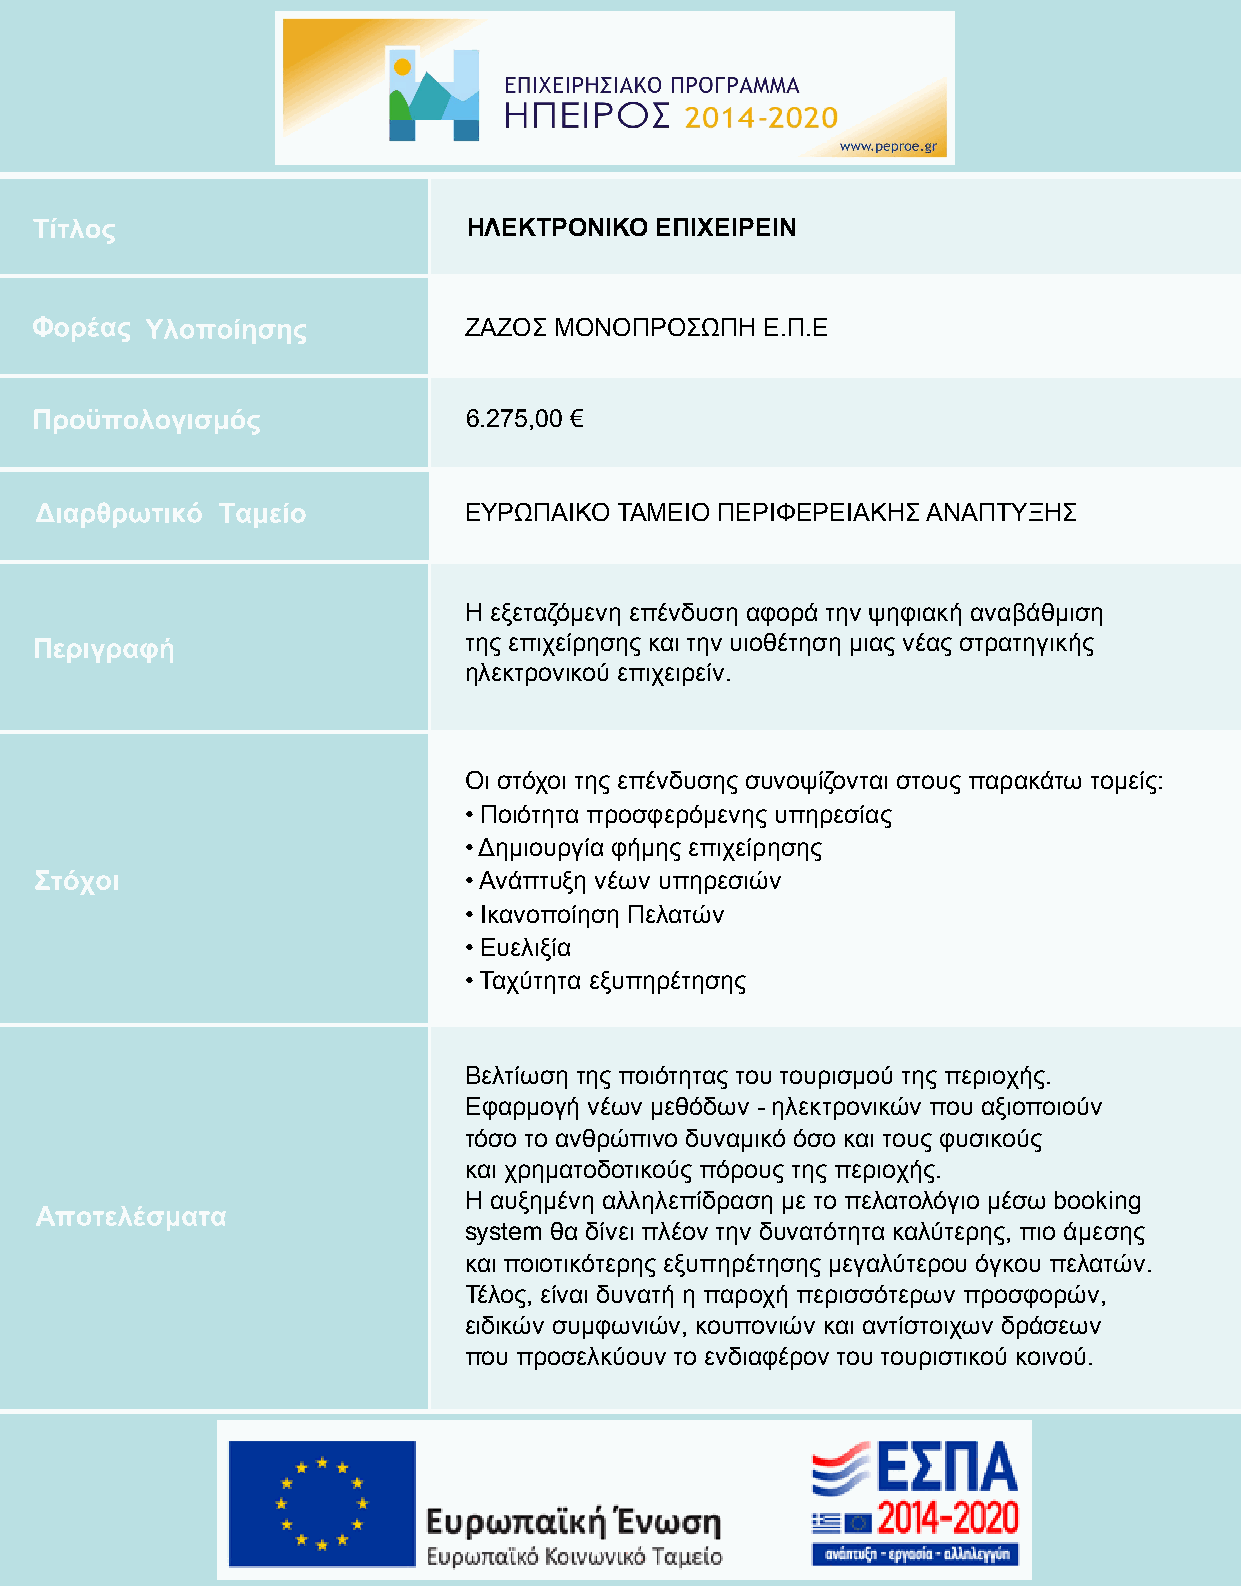
ΗΛΕΚΤΡΟΝΙΚΟ ΕΠΙΧΕΙΡΕΙΝ
 ΖΑΖΟΣ ΜΟΝΟΠΡΟΣΩΠΗ   Ε.Π.Ε
 6.275,00 €
 ΕΥΡΩΠΑΙΚΟ ΤΑΜΕΙΟ ΠΕΡΙΦΕΡΕΙΑΚΗΣ ΑΝΑΠΤΥΞΗΣ
 Η εξεταζόμενη επένδυση αφορά την ψηφιακή αναβάθμιση
 της επιχείρησης και την υιοθέτηση μιας νέας στρατηγικής
 ηλεκτρονικού επιχειρείν.
 Οι στόχοι της επένδυσης συνοψίζονται στους παρακάτω τομείς:
 • Ποιότητα προσφερόμενης υπηρεσίας
 • Δημιουργία φήμης επιχείρησης
 • Ανάπτυξη νέων υπηρεσιών
 • Ικανοποίηση Πελατών
 • Ευελιξία
 • Ταχύτητα εξυπηρέτησης
 Βελτίωση της ποιότητας του τουρισμού της περιοχής.
 Εφαρμογή νέων μεθόδων - ηλεκτρονικών που αξιοποιούν
 τόσο το ανθρώπινο δυναμικό όσο και τους φυσικούς
 και χρηματοδοτικούς πόρους της περιοχής.
 Η αυξημένη αλληλεπίδραση με το πελατολόγιο μέσω booking
 system θα δίνει πλέον την δυνατότητα καλύτερης, πιο άμεσης
 και ποιοτικότερης εξυπηρέτησης μεγαλύτερου όγκου πελατών.
 Τέλος, είναι δυνατή η παροχή περισσότερων προσφορών,
 ειδικών συμφωνιών, κουπονιών και αντίστοιχων δράσεων
 που προσελκύουν το ενδιαφέρον του τουριστικού κοινού.